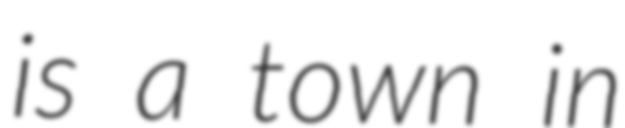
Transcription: is a town in